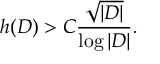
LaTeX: h ( D ) > C { \frac { \sqrt { | D | } } { \log | D | } } .